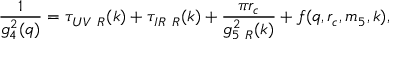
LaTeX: \frac { 1 } { g _ { 4 } ^ { 2 } ( q ) } = \tau _ { U V ~ R } ( k ) + \tau _ { I R ~ R } ( k ) + \frac { \pi r _ { c } } { g _ { 5 ~ R } ^ { 2 } ( k ) } + f ( q , r _ { c } , m _ { 5 } , k ) ,